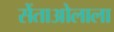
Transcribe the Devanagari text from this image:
सेंताओलाला